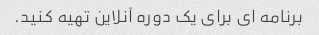
برنامه ای برای یک دوره آنلاین تهیه کنید.